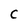
Character: c